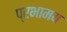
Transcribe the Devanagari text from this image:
प्रभामय